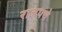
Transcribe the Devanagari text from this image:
राजपथे